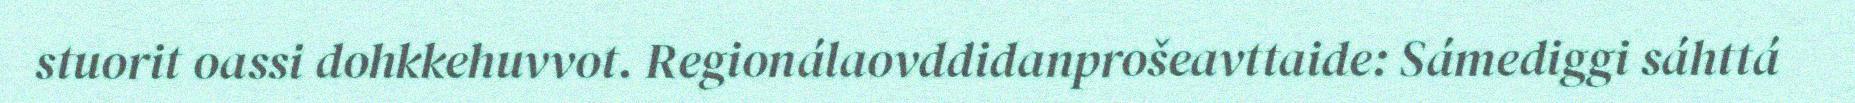
stuorit oassi dohkkehuvvot. Regionálaovddidanprošeavttaide: Sámediggi sáhttá